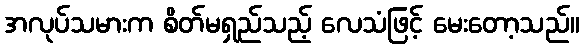
အလုပ်သမားက စိတ်မရှည်သည့် လေသံဖြင့် မေးတော့သည်။